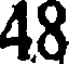
48